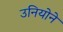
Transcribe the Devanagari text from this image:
उनियोने